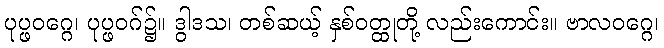
ပုပ္ဖဝဂ္ဂေ၊ ပုပ္ဖဝဂ်၌။ ဒွါဒသ၊ တစ်ဆယ့် နှစ်ဝတ္ထုတို့ လည်းကောင်း။ ဗာလဝဂ္ဂေ၊